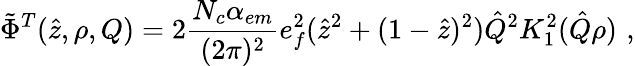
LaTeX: \tilde{\Phi}^{T}(\hat{z},\rho,Q)=2{\frac{N_{c}\alpha_{em}}{(2\pi)^{2}}}e_{f}^{2}(\hat{z}^{2}+(1-\hat{z})^{2})\hat{Q}^{2}K_{1}^{2}(\hat{Q}\rho)\, \, ,